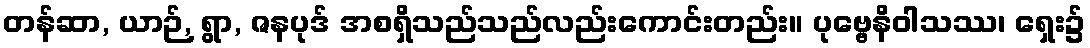
တန်ဆာ, ယာဉ်, ရွာ, ဇနပုဒ် အစရှိသည်သည်လည်းကောင်းတည်း။ ပုဗ္ဗေနိဝါသဿ၊ ရှေး၌